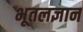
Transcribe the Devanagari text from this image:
भूतलज्ञान